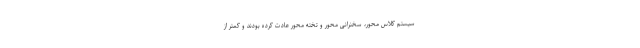
سیستم کلاس محور، سخنرانی محور و تخته محور عادت کرده بودند و کمتر از